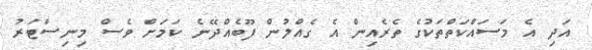
އަދި އެ މަސައްކަތްތަކުގެ ތެރެއިން އެ ގެއްލުން ފޫބެއްދޭނެ ކަމަށް ވެސް މިނިސްޓަރު